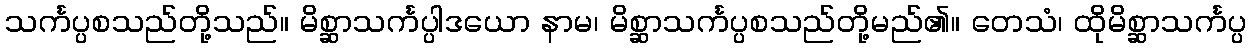
သင်္ကပ္ပစသည်တို့သည်။ မိစ္ဆာသင်္ကပ္ပါဒယော နာမ၊ မိစ္ဆာသင်္ကပ္ပစသည်တို့မည်၏။ တေသံ၊ ထိုမိစ္ဆာသင်္ကပ္ပ